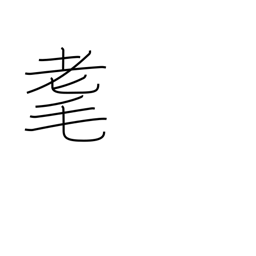
Meaning: senility